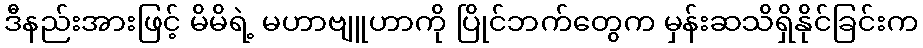
ဒီနည်းအားဖြင့် မိမိရဲ့ မဟာဗျူဟာကို ပြိုင်ဘက်တွေက မှန်းဆသိရှိနိုင်ခြင်းက